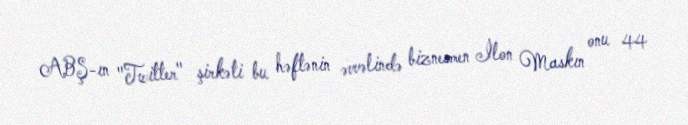
ABŞ-ın "Twitter" şirkəti bu həftənin əvvəlində biznesmen İlon Maskın onu 44